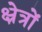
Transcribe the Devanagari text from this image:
क्ष्रेत्रों